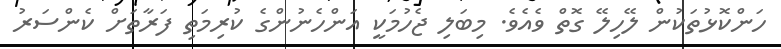
ހަންކޮޅުތަކުން ލޭހިލޭ ގޮތް ވެއެވެ. މިބަލި ޖެހުމަކީ އަންހެނުންގެ ކުރިމަތި ފަރާތަށް ކެންސަރު